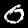
Digit: 0